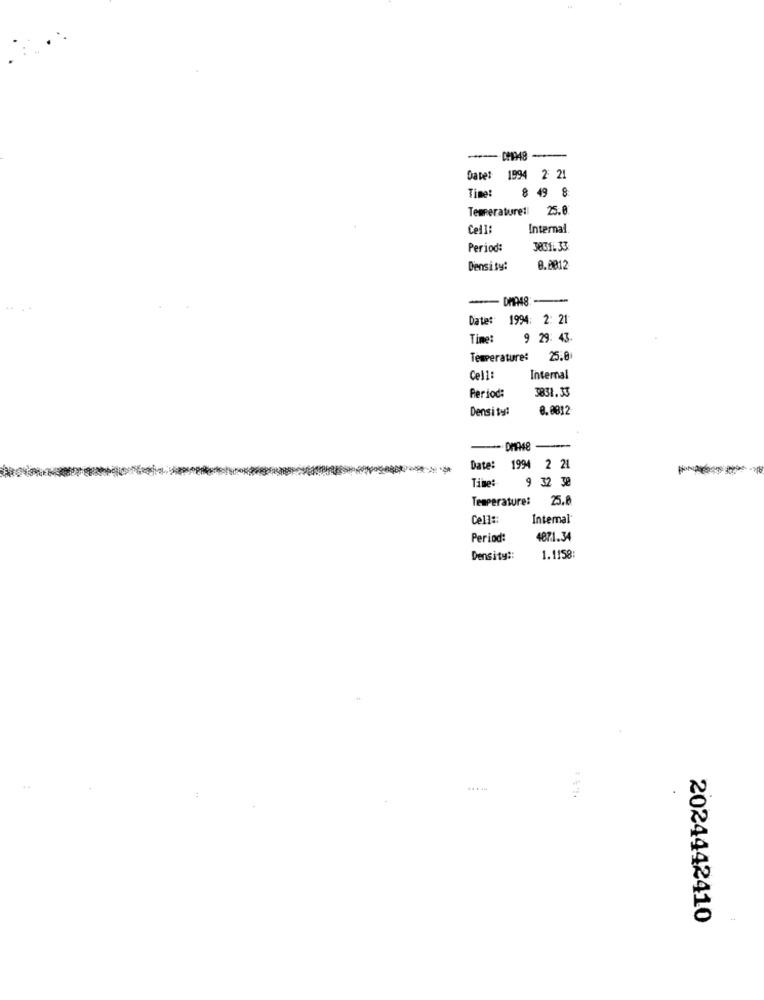
Date: 1994 2 21
Time:
8 49 8
Temperature: 2
Cell:
Internal
Period:
3801.33
Density:
0.0012
Date: 1994: 2: 21
Time:
9 29: 43.
Temperature:
25.0
Cell:
Internal
3831.33
Period:
Density:
8.0812
Date: 1994
2 21
Time:
9 32 38
Temperature:
25.
Cell:
Intemal'
Period:
4871.34
Density ::
1.1158:
2024442410